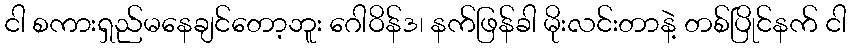
ငါ စကားရှည်မနေချင်တော့ဘူး ဂေါဝိန်ဒ၊ နက်ဖြန်ခါ မိုးလင်းတာနဲ့ တစ်ပြိုင်နက် ငါ